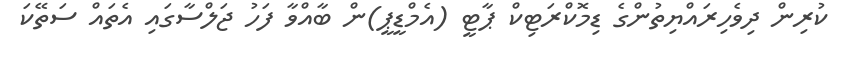
ކުރިން ދިވެހިރައްޔިތުންގެ ޑިމޮކްރަޓިކް ޕާޓީ (އެމްޑީޕީ)ން ބާއްވާ ފަހު ޖަލްސާގައި އެތައް ސަތޭކަ